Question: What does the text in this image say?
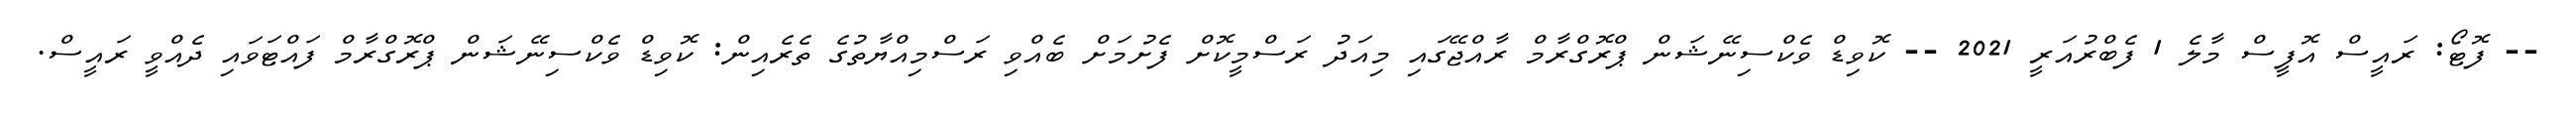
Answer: -- ފޮޓޯ: ރައީސް އޮފީސް މާލެ 1 ފެބްރުއަރީ 2021 -- ކޮވިޑް ވެކްސިނޭޝަން ޕްރޮގްރާމް ރާއްޖޭގައި މިއަދު ރަސްމީކޮށް ފެށުމަށް ބެއްވި ރަސްމިއްޔާތުގެ ތެރެއިން: ކޮވިޑް ވެކްސިނޭޝަން ޕްރޮގްރާމް ފައްޓަވައި ދެއްވީ ރައީސް.